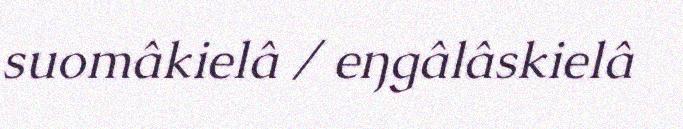
suomâkielâ / eŋgâlâskielâ